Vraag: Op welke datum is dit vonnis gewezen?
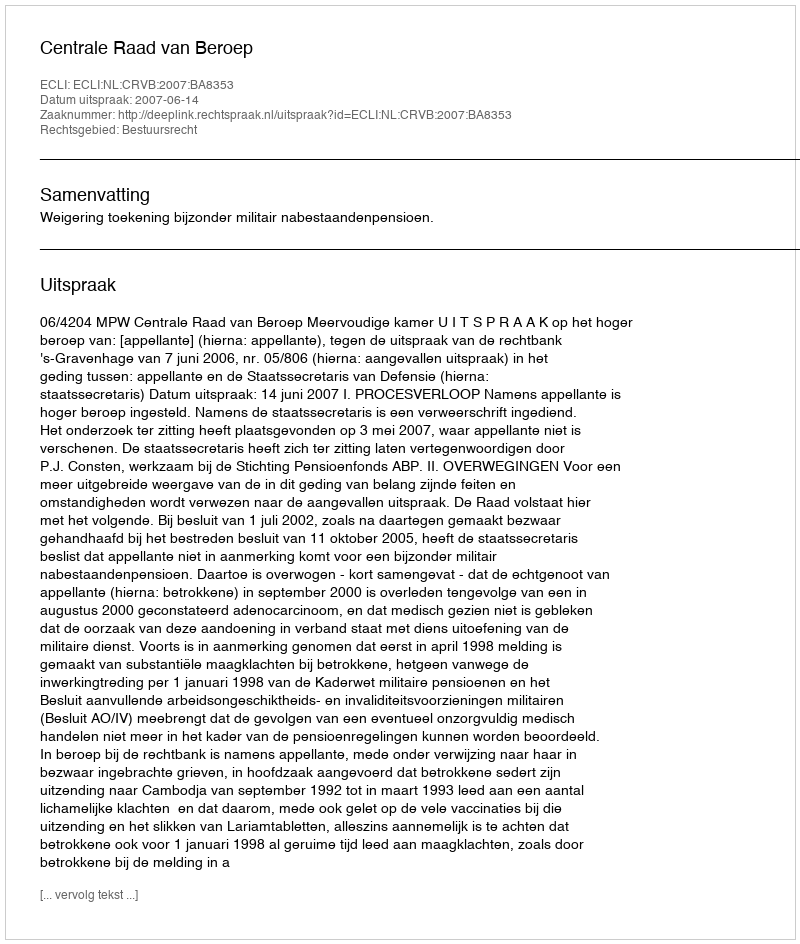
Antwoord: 2007-06-14